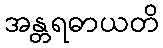
အန္တရဓာယတိ